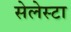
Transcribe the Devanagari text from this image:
सेलेस्टा